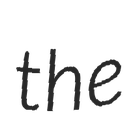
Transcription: the